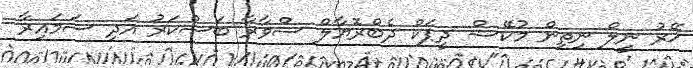
ޚޭރު ނީލް ނިތިން މުކޭޝް ދީޕަކް ދެބްރޮޔާލް ސްވާރާ ބަސްކަރު އަދި ސަމައިރާ